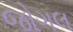
જોગલ